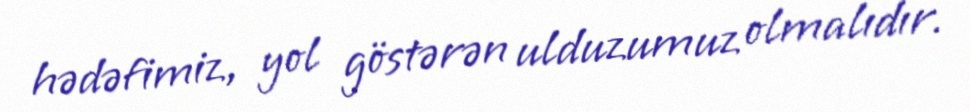
hədəfimiz, yol göstərən ulduzumuz olmalıdır.